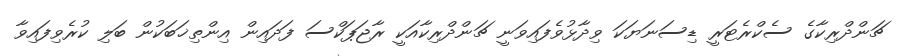
ޗަންދްރިކާގެ ސެކްރެޓަރީ ޑިސަނަޔަކަ ވިދާޅުވެފައިވަނީ ޗަންދްރިކާއަކީ ރާޖަޕަކްސަ ފަދައިން އިންތިޚަބަކުން ބަލި ކުރެވިފައިވާ